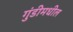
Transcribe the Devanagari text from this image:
गुंडीमधील